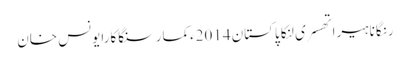
رنگانا ہیراتھسری لنکا پاکستان 2014ءکمار سنگاکارایونس خان